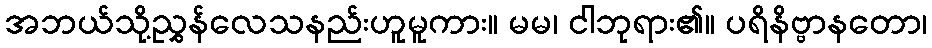
အဘယ်သို့ညွှန်လေသနည်းဟူမူကား။ မမ၊ ငါဘုရား၏။ ပရိနိဗ္ဗာနတော၊